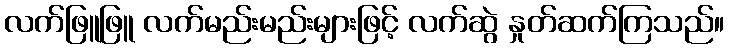
လက်ဖြူဖြူ လက်မည်းမည်းများဖြင့် လက်ဆွဲ နှုတ်ဆက်ကြသည်။